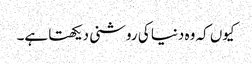
کیوں کہ وہ دنیا کی روشنی دیکھتا ہے۔